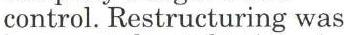
control. Restructuring was